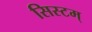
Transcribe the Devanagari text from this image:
सिस्टम्